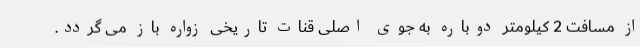
از مسافت 2 کیلومتر دوباره به جوی اصلی قنات تاریخی زواره باز می گردد.